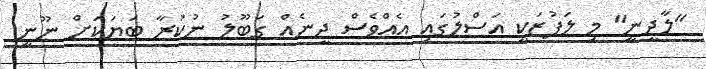
"ލާދީނީ" މި ލަފުޒަކީ އަސްލުގައި އެއްވެސް ދީނެއް ގަބޫލު ނުކުރާ ބަޔަކަށް ނޫނީ